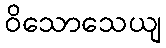
ဝိသောသေယျ